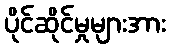
ပိုင်ဆိုင်မှုများအား